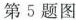
第5题图